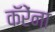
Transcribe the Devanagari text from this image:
कॅरेंना